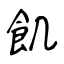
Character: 飢